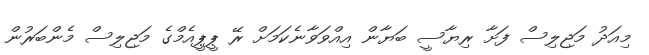
މިއަދު މަޖިލިސް ފަށާ ރިޔާސީ ބަޔާން އިއްވަވާނެކަމަށް ރޭ ޕީޕީއެމްގެ މަޖިލިސް މެންބަރުން